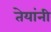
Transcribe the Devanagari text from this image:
तेयांनी